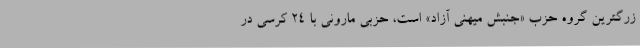
زرگترین گروه حزب «جنبش میهنی آزاد» است، حزبی مارونی با 24 کرسی در